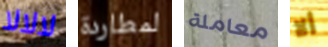
لالالا لمطاردة معاملة ألا